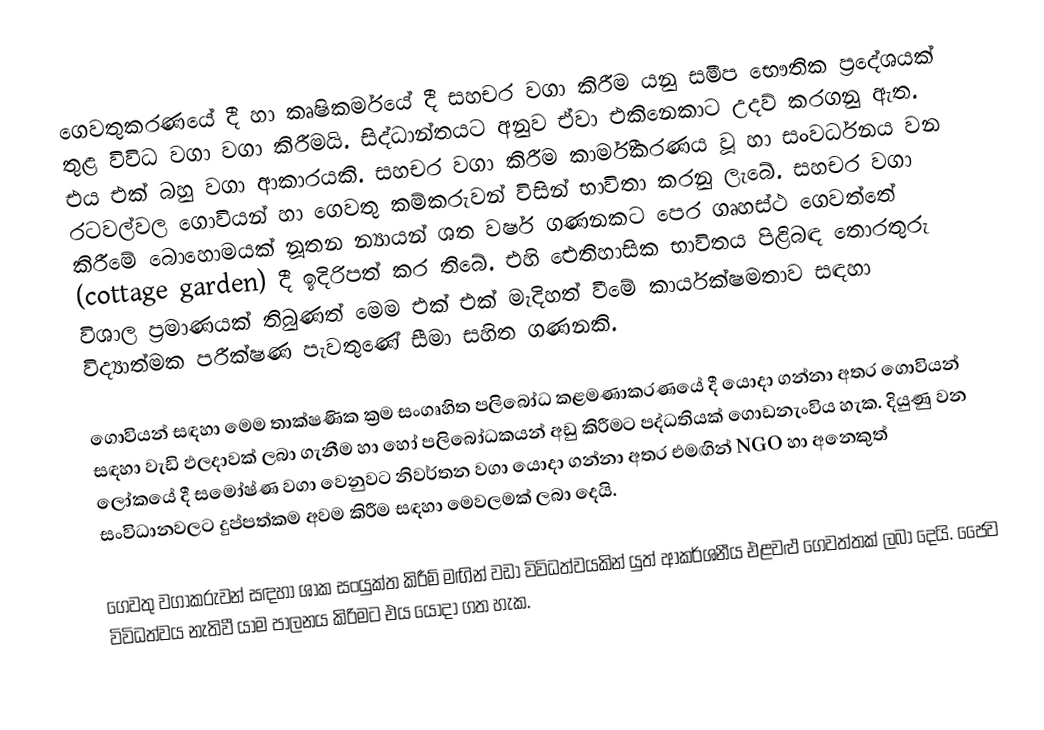
ගෙවතුකරණයේ දී හා කෘෂිකර්මයේ දී සහචර වගා කිරීම යනු සමීප භෞතික ප්‍රදේශයක් තුළ විවිධ වගා වගා කිරීමයි. සිද්ධාන්තයට අනුව ඒවා එකිනෙකාට උදව් කරගනු ඇත. එය එක් බහු වගා ආකාරයකි. සහචර වගා කිරීම කාර්මීකරණය වූ හා සංවර්ධනය වන ර‍ටවල්වල ගොවියන් හා ගෙවතු කම්කරුවන් විසින් භාවිතා කරනු ලැබේ. සහචර වගා කිරීමේ බොහොමයක් නූතන න්‍යායන් ශත වර්ෂ ගණනකට පෙර ගෘහස්ථ ගෙවත්තේ (cottage garden) දී ඉදිරිපත් කර තිබේ. එහි ඓතිහාසික භාවිතය පිළිබඳ තොරතුරු විශාල ප්‍රමාණයක් තිබුණත් මෙම එක් එක් මැදිහත් වීමේ කාර්යක්ෂමතාව සඳහා විද්‍යාත්මක පරීක්ෂණ පැවතුණේ සීමා සහිත ගණනකි.

ගොවියන් සඳහා මෙම තාක්ෂණික ක්‍රම සංගෘහිත පලිබෝධ කළමණාකරණයේ දී යොදා ගන්නා අතර ගොවියන් සඳහා වැඩි ඵලදාවක් ලබා ගැනීම හා හෝ පලිබෝධකයන් අඩු කිරීමට පද්ධතියක් ගොඩනැංවිය හැක. දියුණු වන ලෝකයේ දී සමෝෂ්ණ වගා වෙනුවට නිවර්තන වගා යොදා ගන්නා අතර එමඟින් NGO හා අනෙකුත් සංවිධානවලට දුප්පත්කම අවම කිරීම සඳහා මෙවලමක් ලබා දෙයි.

ගෙවතු වගාකරුවන් සඳහා ශාක සංයුක්ත කිරීම් මඟින් වඩා විවිධත්වයකින් යුත් ආකර්ශනීය එළවළු ගෙවත්තක් ලබා දෙයි. ජෛව විවිධත්වය නැතිවී යාම පාලනය කිරිමට එය යොදා ගත හැක.